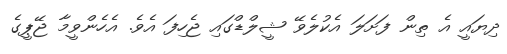
ދިޔައީ އެ ތިން ފަށަލަ އެކުލެވޭ ޝީލްޑްގައި ޖެހިފަ އެވެ. އެެހެންވީމާ ޖޭޕީގެ